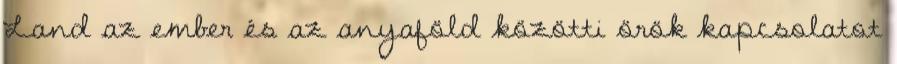
Land az ember és az anyaföld közötti örök kapcsolatot